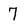
Character: 7